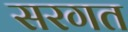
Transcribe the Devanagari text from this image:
सरगत